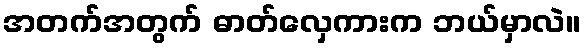
အတက်အတွက် ဓာတ်လှေကားက ဘယ်မှာလဲ။